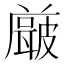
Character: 𭽶